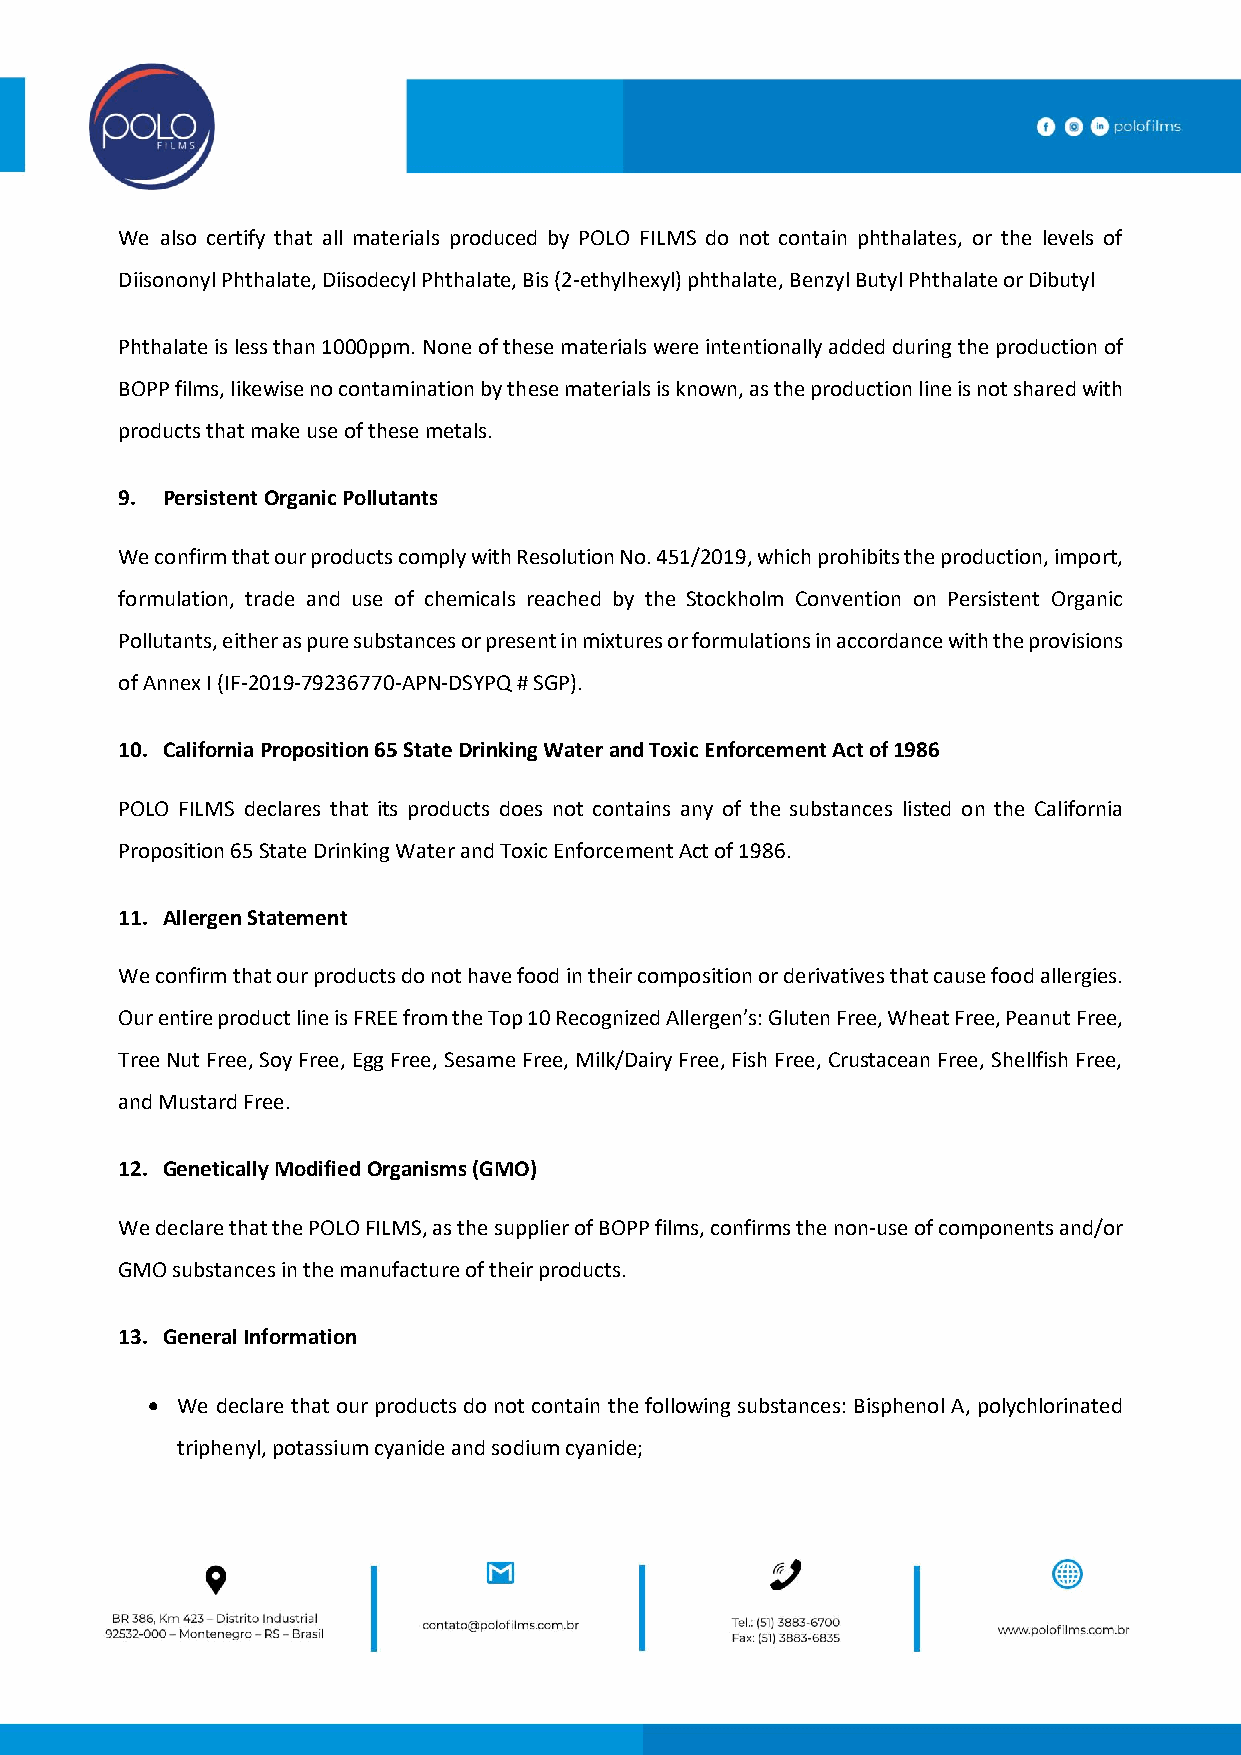
We also certify that all materials produced by POLO FILMS do not contain phthalates, or the levels of
 Diisononyl Phthalate, Diisodecyl Phthalate, Bis (2-ethylhexyl) phthalate, Benzyl Butyl Phthalate or Dibutyl
 Phthalate is less than 1000ppm. None of these materials were intentionally added during the production of
 BOPP films, likewise no contamination by these materials is known, as the production line is not shared with
 products that make use of these metals.
 9. Persistent Organic Pollutants
 We confirm that our products comply with Resolution No. 451/2019, which prohibits the production, import,
 formulation, trade and use of chemicals reached by the Stockholm Convention on Persistent Organic
 Pollutants, either as pure substances or present in mixtures or formulations in accordance with the provisions
 of Annex I (IF-2019-79236770-APN-DSYPQ # SGP).
 10. California Proposition 65 State Drinking Water and Toxic Enforcement Act of 1986
 POLO FILMS declares that its products does not contains any of the substances listed on the California
 Proposition 65 State Drinking Water and Toxic Enforcement Act of 1986.
 11. Allergen Statement
 We confirm that our products do not have food in their composition or derivatives that cause food allergies.
 Our entire product line is FREE from the Top 10 Recognized Allergen’s: Gluten Free, Wheat Free, Peanut Free,
 Tree Nut Free, Soy Free, Egg Free, Sesame Free, Milk/Dairy Free, Fish Free, Crustacean Free, Shellfish Free,
 and Mustard Free.
 12. Genetically Modified Organisms (GMO)
 We declare that the POLO FILMS, as the supplier of BOPP films, confirms the non-use of components and/or
 GMO substances in the manufacture of their products.
 13. General Information
  We declare that our products do not contain the following substances: Bisphenol A, polychlorinated
 triphenyl, potassium cyanide and sodium cyanide;